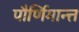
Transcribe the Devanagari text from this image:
पौर्णिमान्त्त